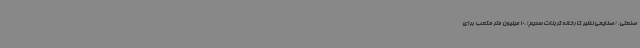
صنعتی، (صنایعی نظیر کارخانه کربنات سدیم)،10 میلیون متر مکعب برای